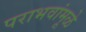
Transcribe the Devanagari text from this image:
पराभवांमूळे